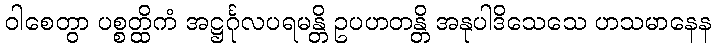
ဝါစေတွာ ပစ္စတ္ထိကံ အဋ္ဌင်္ဂုလပရမန္တိ ဥပဟတန္တိ အနုပါဒိသေသေ ဟသမာနေန